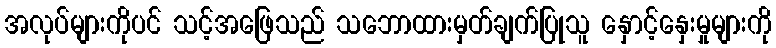
အလုပ်များကိုပင် သင့်အဖြေသည် သဘောထားမှတ်ချက်ပြုသူ နှောင့်နှေးမှုများကို